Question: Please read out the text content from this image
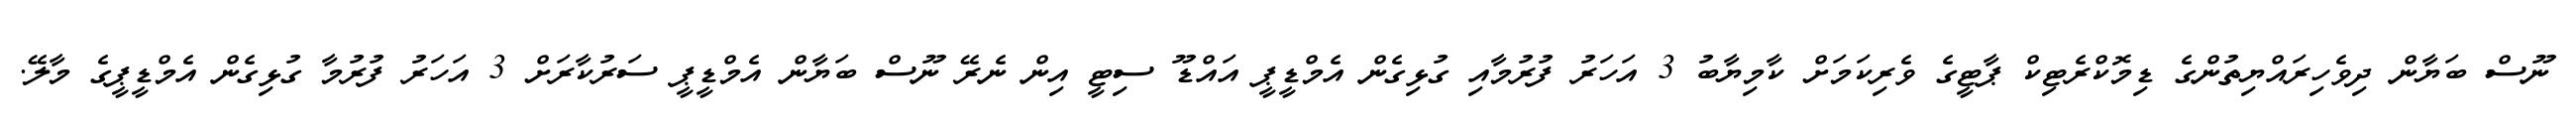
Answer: ނޫސް ބަޔާން ދިވެހިރައްޔިތުންގެ ޑިމޮކްރެޓިކް ޕާޓީގެ ވެރިކަމަށް ކާމިޔާބު 3 އަހަރު ފުރުމާއި ގުޅިގެން އެމްޑީޕީ އައްޑޫ ސިޓީ އިން ނެރޭ ނޫސް ބަޔާން އެމްޑީޕީ ސަރުކާރަށް 3 އަހަރު ފުރުމާ ގުޅިގެން އެމްޑީޕީގެ މާލޭ.